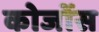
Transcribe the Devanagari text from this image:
कोजोंस